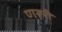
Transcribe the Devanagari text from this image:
णरूरी